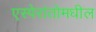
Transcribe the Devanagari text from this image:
एस्पेरांतोमधील